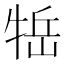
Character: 𤙿